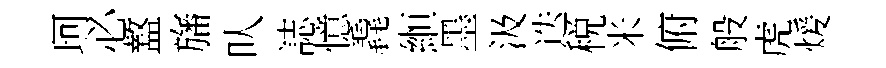
珂必盩旛㕥誌憶毳縆墨汲迭税米俯般虎煖